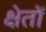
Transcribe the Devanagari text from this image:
क्षेतों